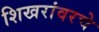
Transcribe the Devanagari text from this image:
शिखरांवरचे